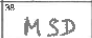
Transcription: MSD